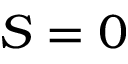
S = 0